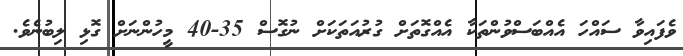
ވެފައިވާ ސައްހަ އެއްބަސްވުންތަކާ އެއްގޮތަށް ގުރުއަތަކަށް ނުގޮސް 35-40 މީހުންނަށް ގޮޅި ލިބުނެވެ.